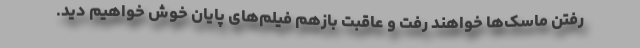
رفتن ماسک‌ها خواهند رفت و عاقبت بازهم فیلم‌های پایان خوش خواهیم دید.